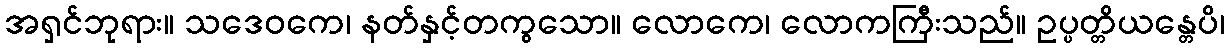
အရှင်ဘုရား။ သဒေဝကေ၊ နတ်နှင့်တကွသော။ လောကေ၊ လောကကြီးသည်။ ဥပ္ပတ္တိယန္တေပိ၊